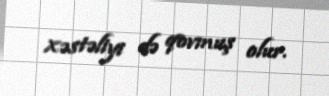
xəstəliyi də qovmuş olur.